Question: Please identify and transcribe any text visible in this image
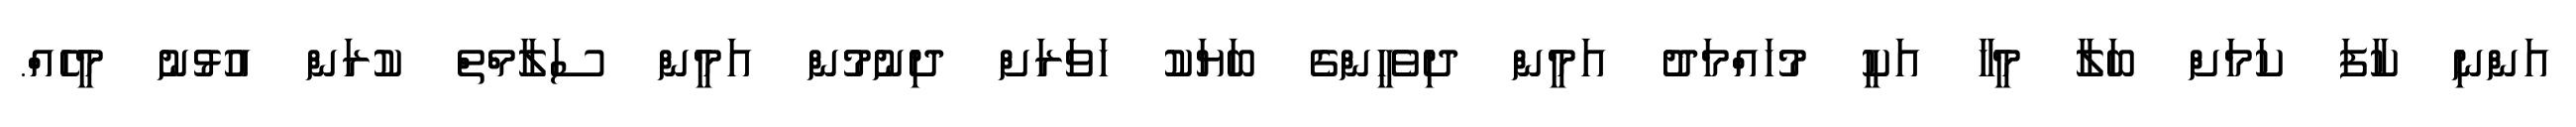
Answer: އަންނި ކާފަ ކަމަށް ބަލާ މީހާ އަކީ މުހައްމަދު އަމީން ދިވެހީންގެ ބަޔަކު ހަވަރަށް ދިނުމުން އަމީން ސަލާމްތް ކުރަން އުޅުނު މީހެއް.